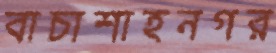
বাচাশাহনগর